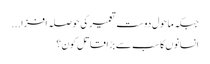
جبکہ ماحول دوست تعمیر کی حوصلہ افزا...
انسانوں کا سب سے بڑا قاتل کون؟